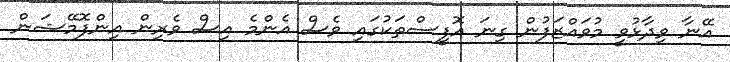
އޭނާ ވިދާޅުވީ މުވައްޒަފުން ގިނަ އޮފީސްތަކުގައި ވެސް އެންމެ އިސް ވެރިން އިންފޮމޭޝަން